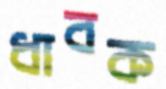
ধাবক